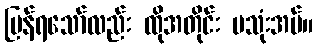
ပြန်ရသော်လည်း ထိုအတိုင်း မသုံးအပ်။